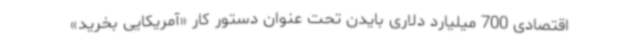
اقتصادی 700 میلیارد دلاری بایدن تحت عنوان دستور کار «آمریکایی بخرید»